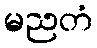
မညတံ